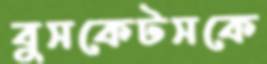
বুসকেটসকে